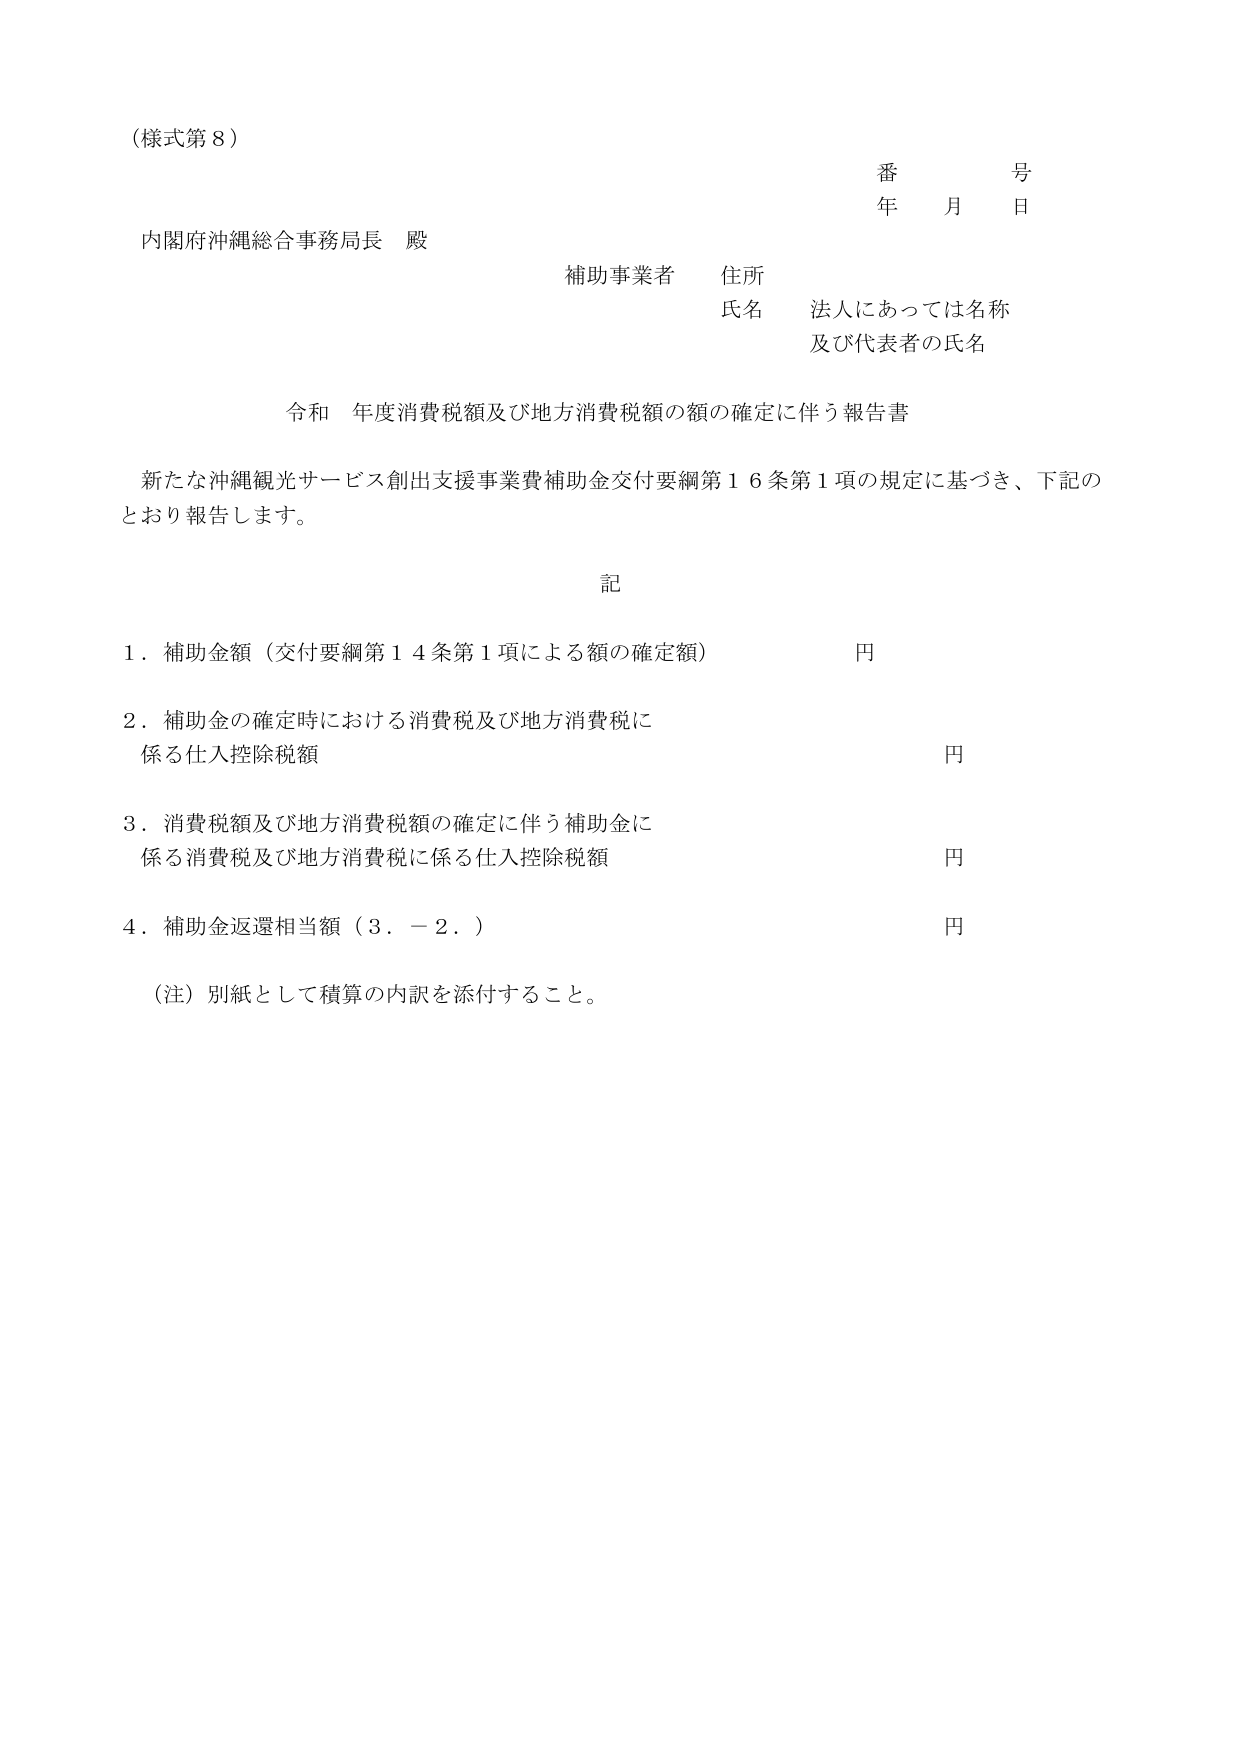
（様式第８）

番　　号
年　　月　　日

内閣府沖縄総合事務局長　殿

補助事業者　住所
氏名　　法人にあっては名称
　　　　及び代表者の氏名

令和　年度消費税額及び地方消費税額の額の確定に伴う報告書

新たな沖縄観光サービス創出支援事業費補助金交付要綱第１６条第１項の規定に基づき、下記の
とおり報告します。

記

１．補助金額（交付要綱第１４条第１項による額の確定額）　　　　　　　　　　　円

２．補助金の確定時における消費税及び地方消費税に
　係る仕入控除税額　　　　　　　　　　　　　　　　　　　　　　　　　　　　円

３．消費税額及び地方消費税額の確定に伴う補助金に
　係る消費税及び地方消費税に係る仕入控除税額　　　　　　　　　　　　　　円

４．補助金返還相当額（３．－２．）　　　　　　　　　　　　　　　　　　　　円

（注）別紙として積算の内訳を添付すること。